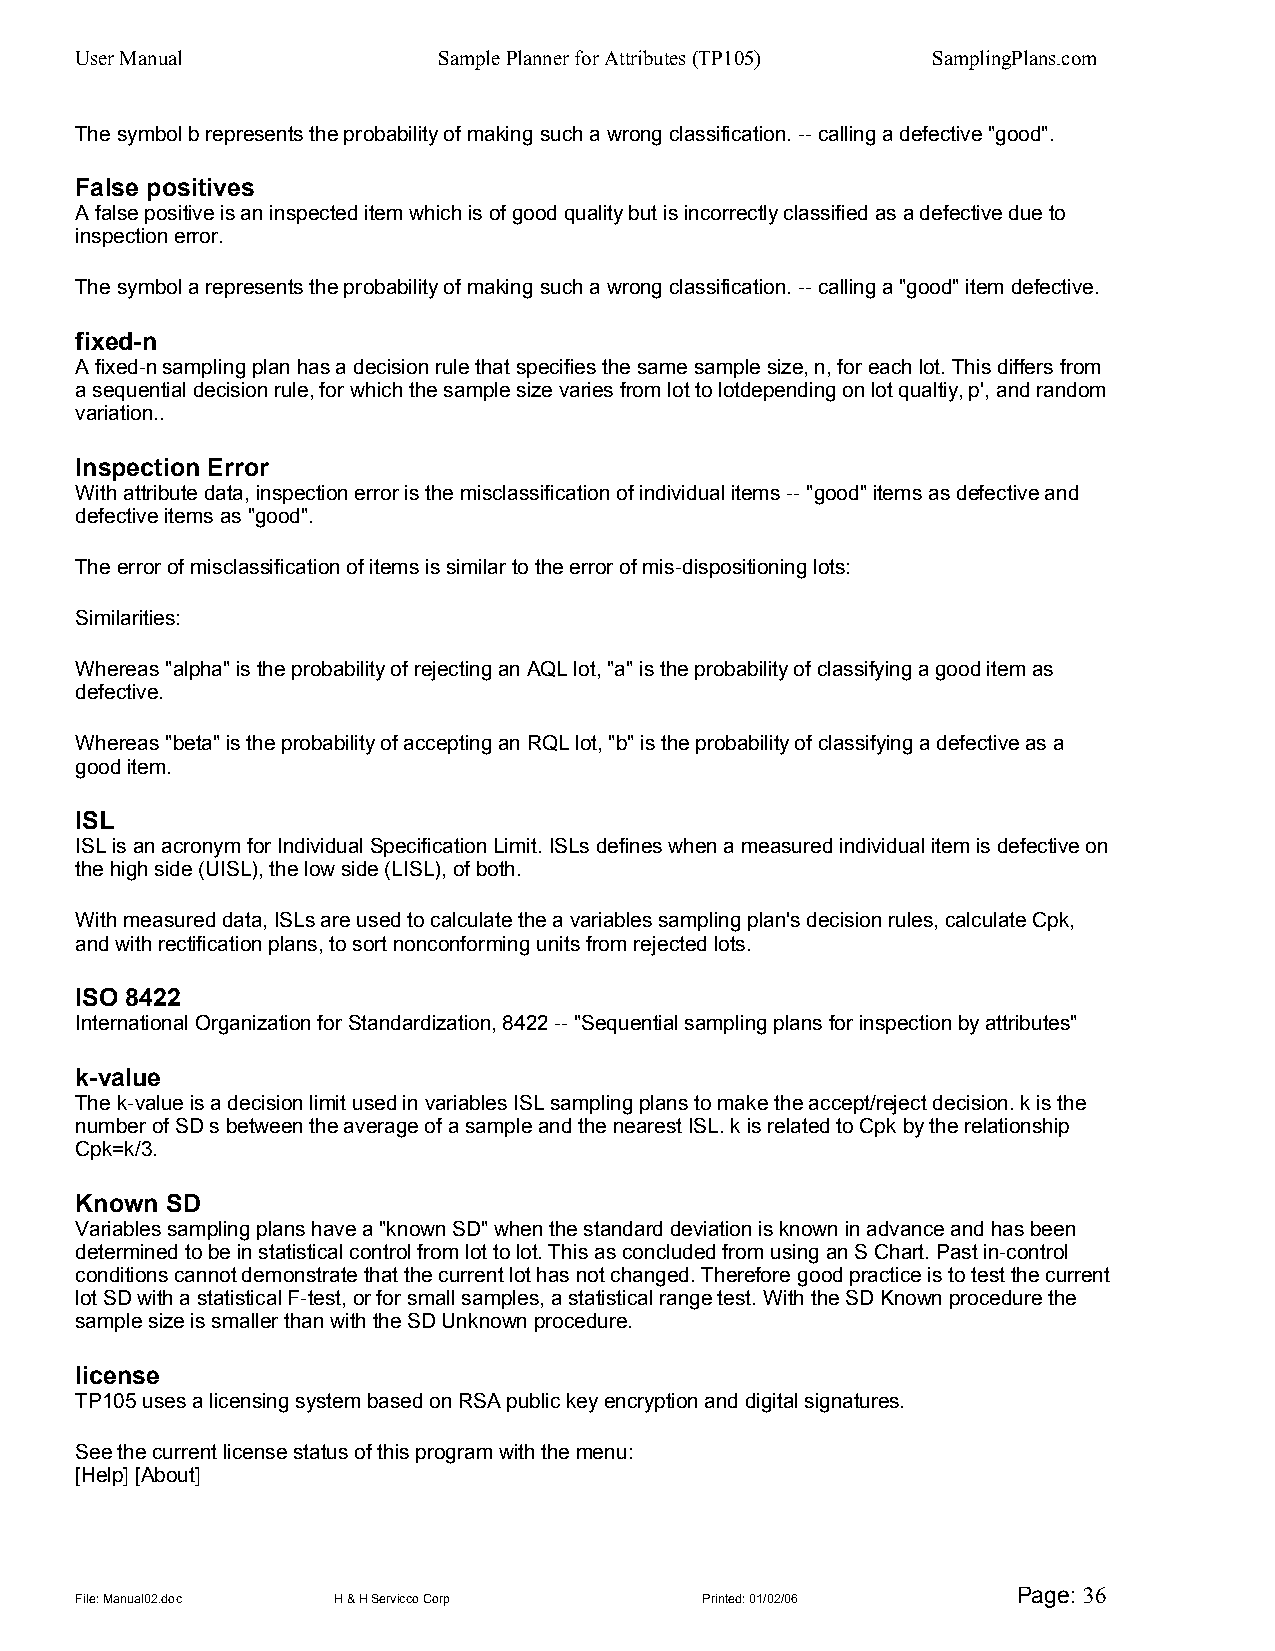
User Manual             Sample Planner for Attributes (TP105) SamplingPlans.com
 The symbol b represents the probability of making such a wrong classification. -- calling a defective "good".
 False positives
 A false positive is an inspected item which is of good quality but is incorrectly classified as a defective due to
 inspection error.
 The symbol a represents the probability of making such a wrong classification. -- calling a "good" item defective.
 fixed-n
 A fixed-n sampling plan has a decision rule that specifies the same sample size, n, for each lot. This differs from
 a sequential decision rule, for which the sample size varies from lot to lotdepending on lot qualtiy, p', and random
 variation..
 Inspection Error
 With attribute data, inspection error is the misclassification of individual items -- "good" items as defective and
 defective items as "good".
 The error of misclassification of items is similar to the error of mis-dispositioning lots:
 Similarities:
 Whereas "alpha" is the probability of rejecting an AQL lot, "a" is the probability of classifying a good item as
 defective.
 Whereas "beta" is the probability of accepting an RQL lot, "b" is the probability of classifying a defective as a
 good item.
 ISL
 ISL is an acronym for Individual Specification Limit. ISLs defines when a measured individual item is defective on
 the high side (UISL), the low side (LISL), of both.
 With measured data, ISLs are used to calculate the a variables sampling plan's decision rules, calculate Cpk,
 and with rectification plans, to sort nonconforming units from rejected lots.
 ISO 8422
 International Organization for Standardization, 8422 -- "Sequential sampling plans for inspection by attributes"
 k-value
 The k-value is a decision limit used in variables ISL sampling plans to make the accept/reject decision. k is the
 number of SD s between the average of a sample and the nearest ISL. k is related to Cpk by the relationship
 Cpk=k/3.
 Known SD
 Variables sampling plans have a "known SD" when the standard deviation is known in advance and has been
 determined to be in statistical control from lot to lot. This as concluded from using an S Chart. Past in-control
 conditions cannot demonstrate that the current lot has not changed. Therefore good practice is to test the current
 lot SD with a statistical F-test, or for small samples, a statistical range test. With the SD Known procedure the
 sample size is smaller than with the SD Unknown procedure.
 license
 TP105 uses a licensing system based on RSA public key encryption and digital signatures.
 See the current license status of this program with the menu:
 [Help] [About]
 Page: 36
 File: Manual02.doc H & H Servicco Corp   Printed: 01/02/06